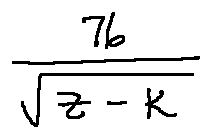
\frac { 7 6 } { \sqrt { z - k } }